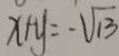
x + y = - \sqrt { 1 3 }